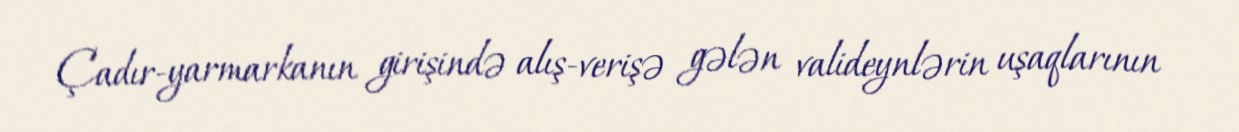
Çadır-yarmarkanın girişində alış-verişə gələn valideynlərin uşaqlarının